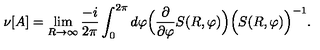
\nu [ A ] = \lim _ { R \rightarrow \infty } \frac { - i } { 2 \pi } \int _ { 0 } ^ { 2 \pi } d \varphi \Big ( \frac { \partial } { \partial \varphi } S ( R , \varphi ) \Big ) \Big ( S ( R , \varphi ) \Big ) ^ { - 1 } .